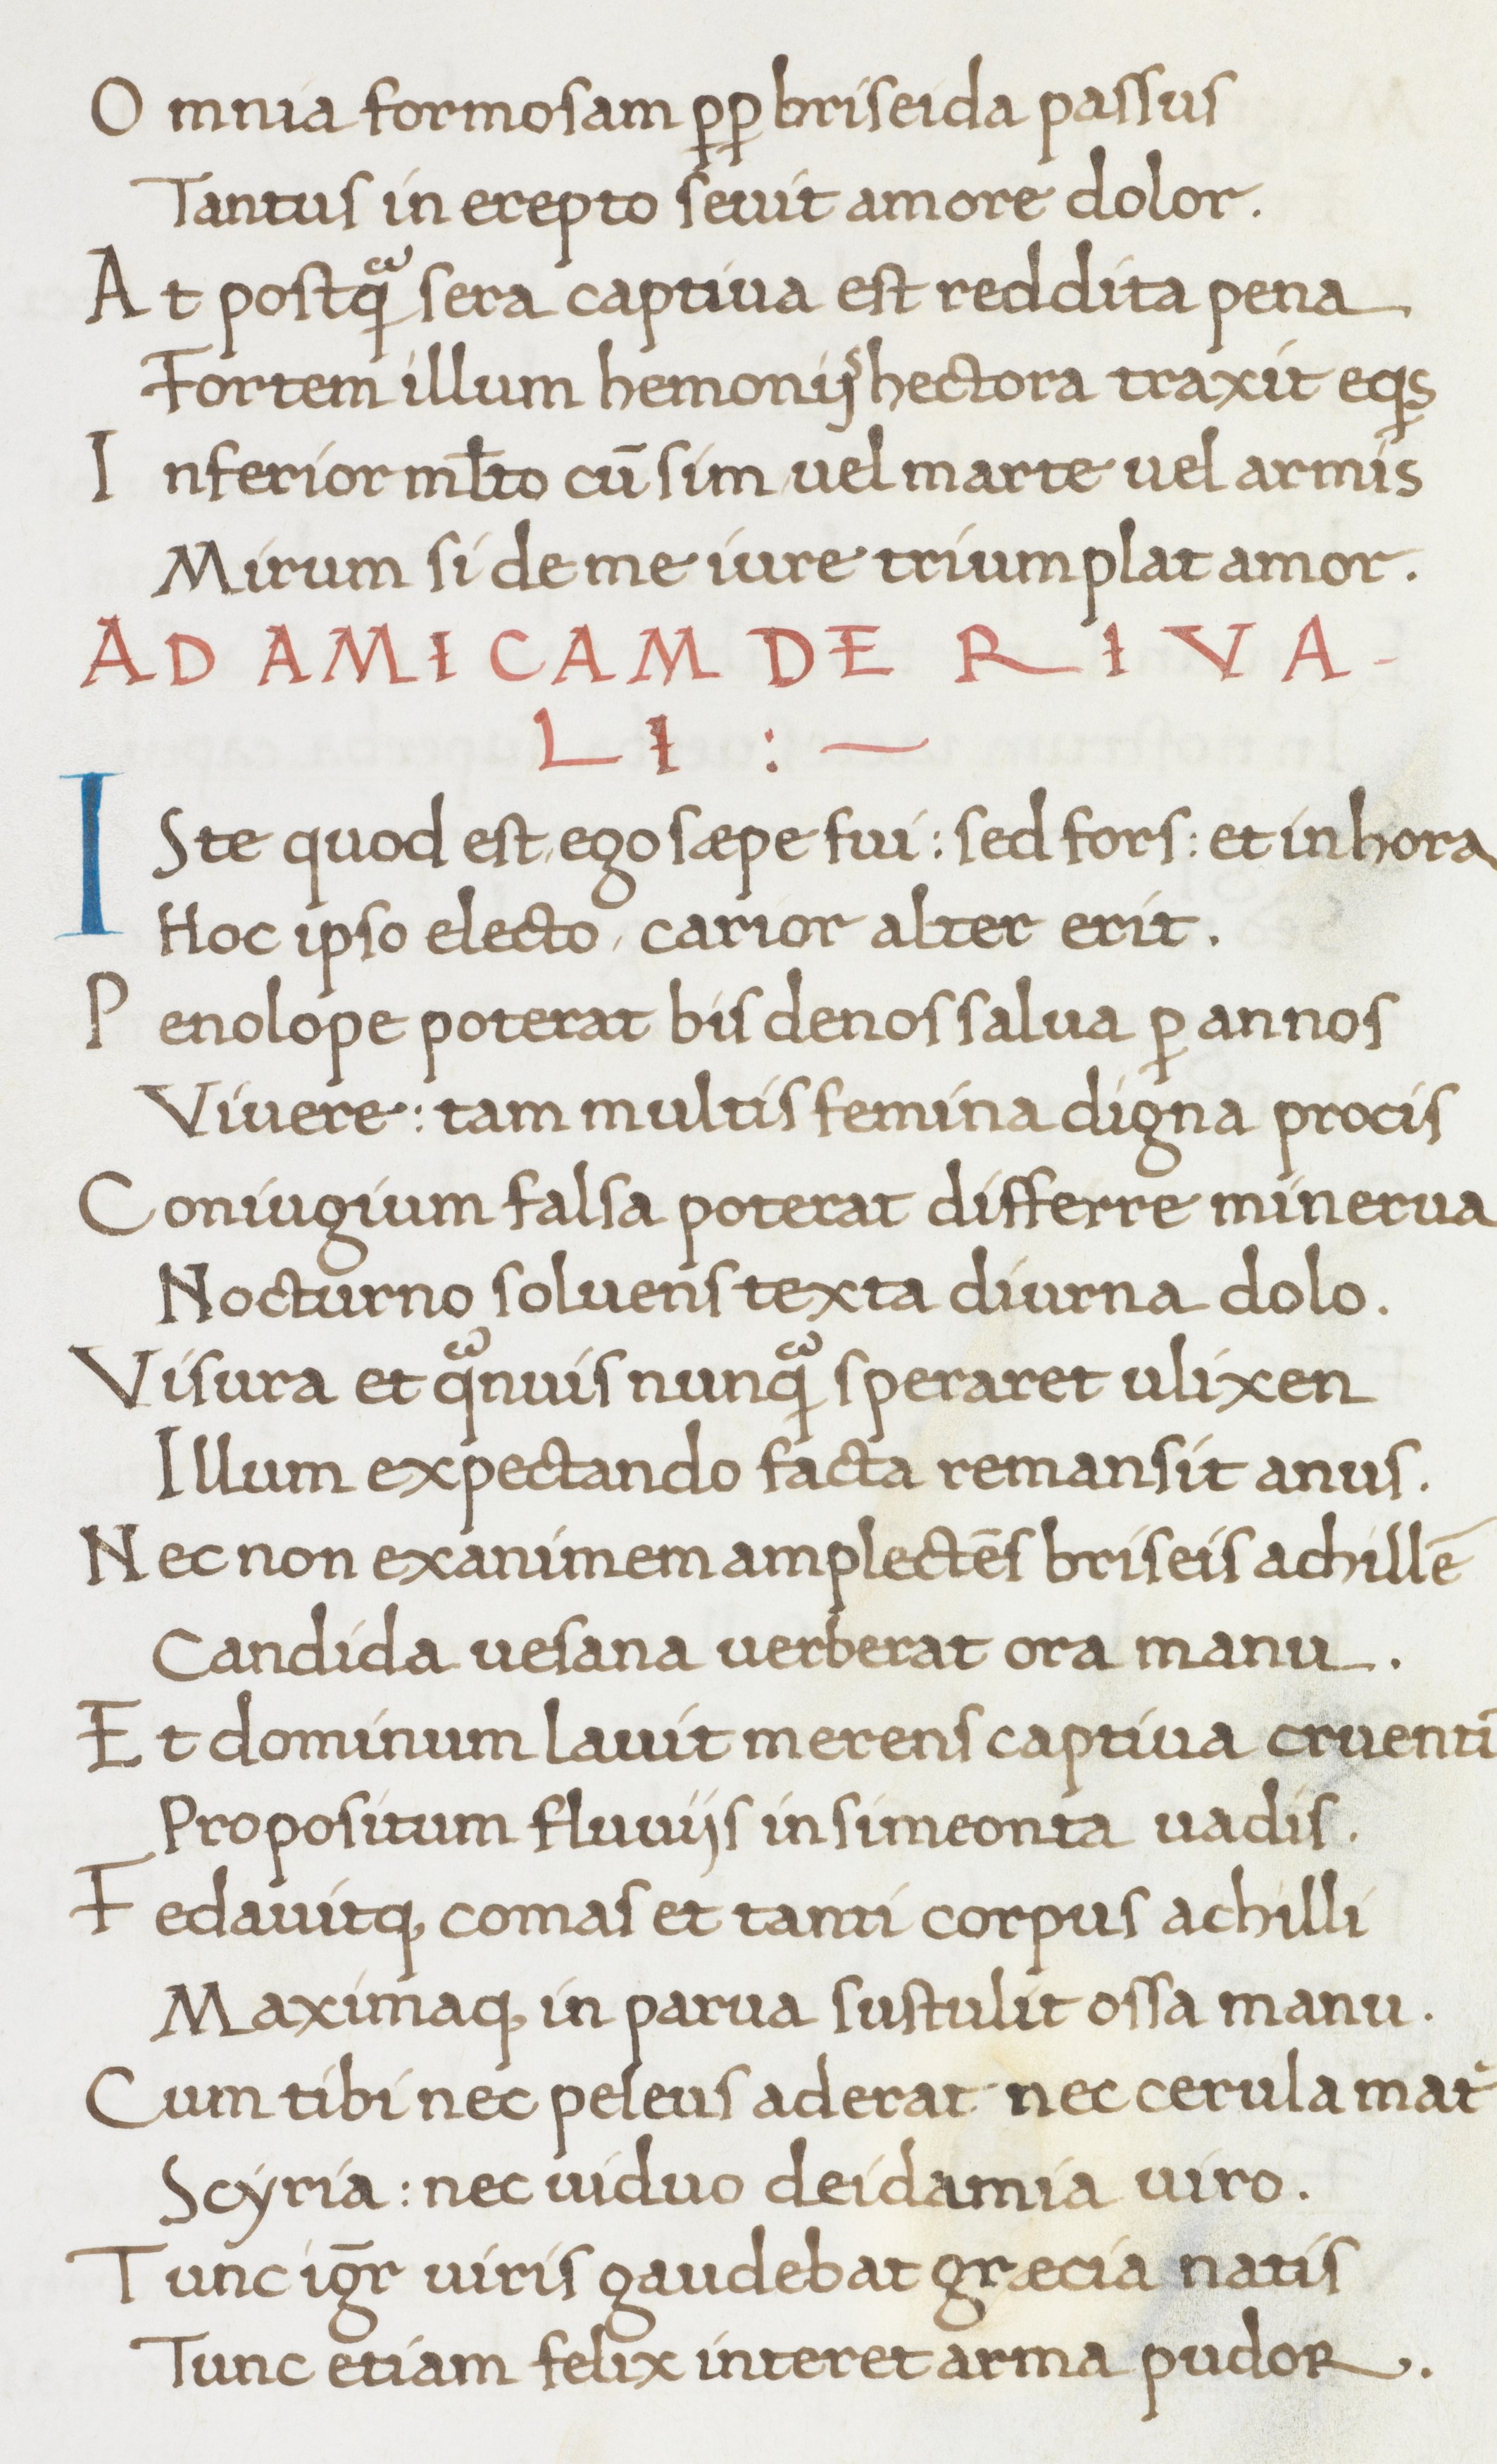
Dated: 1466–1466